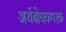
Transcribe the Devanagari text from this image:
अर्थबोधकपरक